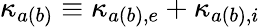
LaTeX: \kappa_{a(b)}\equiv\kappa_{a(b),e}+\kappa_{a(b),i}